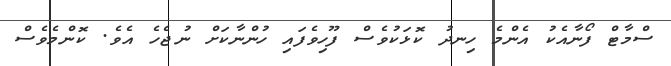
ސްމާޓް ފޯނާއެކު އެންމެ ހިނދު ކޮޅަކުވެސް ފޫހިވެފައި ހުންނާކަށް ނުޖެހެ އެވެ. ކޮންމެވެސް